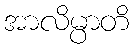
အာလိမ္ပာတိ